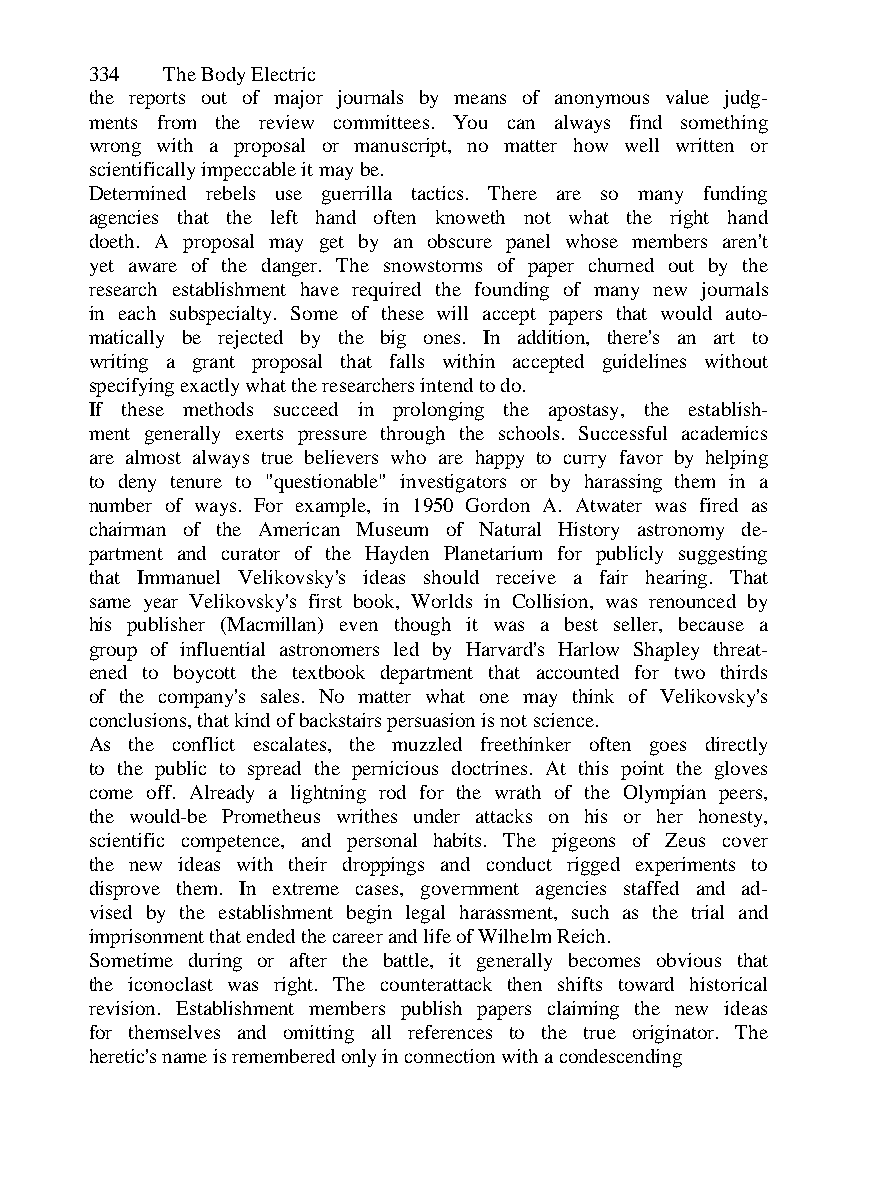
334  The Body Electric
 the reports out of major journals by means of anonymous value judg-
 ments from the review committees. You can always find something
 wrong with a proposal or manuscript, no matter how well written or
 scientifically impeccable it may be.
 Determined rebels use guerrilla tactics. There are so many funding
 agencies that the left hand often knoweth not what the right hand
 doeth. A proposal may get by an obscure panel whose members aren't
 yet aware of the danger. The snowstorms of paper churned out by the
 research establishment have required the founding of many new journals
 in each subspecialty. Some of these will accept papers that would auto-
 matically be rejected by the big ones. In addition, there's an art to
 writing a grant proposal that falls within accepted guidelines without
 specifying exactly what the researchers intend to do.
 If these methods succeed in prolonging the apostasy, the establish-
 ment generally exerts pressure through the schools. Successful academics
 are almost always true believers who are happy to curry favor by helping
 to deny tenure to "questionable" investigators or by harassing them in a
 number of ways. For example, in 1950 Gordon A. Atwater was fired as
 chairman of the American Museum of Natural History astronomy de-
 partment and curator of the Hayden Planetarium for publicly suggesting
 that Immanuel Velikovsky's ideas should receive a fair hearing. That
 same year Velikovsky's first book, Worlds in Collision, was renounced by
 his publisher (Macmillan) even though it was a best seller, because a
 group of influential astronomers led by Harvard's Harlow Shapley threat-
 ened to boycott the textbook department that accounted for two thirds
 of the company's sales. No matter what one may think of Velikovsky's
 conclusions, that kind of backstairs persuasion is not science.
 As the conflict escalates, the muzzled freethinker often goes directly
 to the public to spread the pernicious doctrines. At this point the gloves
 come off. Already a lightning rod for the wrath of the Olympian peers,
 the would-be Prometheus writhes under attacks on his or her honesty,
 scientific competence, and personal habits. The pigeons of Zeus cover
 the new ideas with their droppings and conduct rigged experiments to
 disprove them. In extreme cases, government agencies staffed and ad-
 vised by the establishment begin legal harassment, such as the trial and
 imprisonment that ended the career and life of Wilhelm Reich.
 Sometime during or after the battle, it generally becomes obvious that
 the iconoclast was right. The counterattack then shifts toward historical
 revision. Establishment members publish papers claiming the new ideas
 for themselves and omitting all references to the true originator. The
 heretic's name is remembered only in connection with a condescending